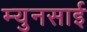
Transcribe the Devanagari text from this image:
म्युनसाई